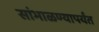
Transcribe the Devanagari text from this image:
सांभाळण्यापर्यंत